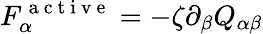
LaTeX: F_{\alpha}^{\mathrm{~a~c~t~i~v~e~}}=-\zeta\partial_{\beta}Q_{\alpha\beta}